Report of the Bombay Plague Committee
Disease focus: Plague
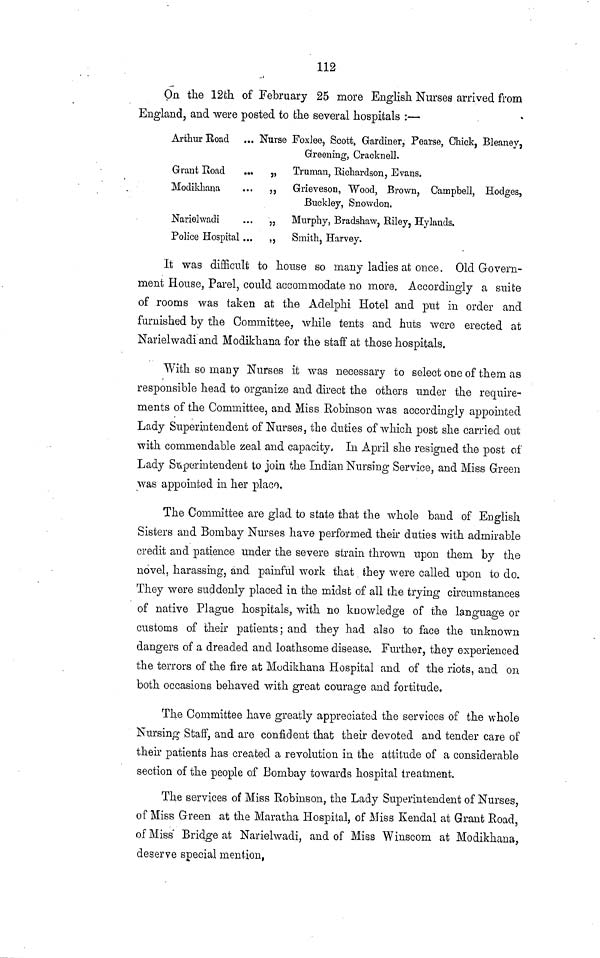
112
On the 12th of February 25 more English Nurses arrived from
England, and were posted to the several hospitals :—
Arthur Road
Grant Road
Modikhana
Narielwadi
Police Hospital
... Nurse Foxlee, Scott, Gardiner, Pearse, Chick, Bleaney,
Greening, Cracknell.
„
Truman, Richardson, Evans.
„
Grieveson, Wood, Brown, Campbell, Hodges,
Buckley, Snowdon.
„ Murphy, Bradshaw, Riley, Hylands.
„
Smith, Harvey.
It was difficult to house so many ladies at once. Old Govern-
ment House, Parel, could accommodate no more. Accordingly a suite
of rooms was taken at the Adelphi Hotel and put in order and
furnished by the Committee, while tents and huts were erected at
Narielwadi and Modikhana for the staff at those hospitals.
With so many Nurses it was necessary to select one of them as
responsible head to organize and direct the others under the require-
ments of the Committee, and Miss Robinson was accordingly appointed
Lady Superintendent of Nurses, the duties of which post she carried out
with commendable zeal and capacity, In April she resigned the post of
Lady Superintendent to join the Indian Nursing Service, and Miss Green
was appointed in her place.
The Committee are glad to state that the whole baud of English
Sisters and Bombay Nurses have performed their duties with admirable
credit and patience under the severe strain thrown upon them by the
novel, harassing, and painful work that they were called upon to do.
They were suddenly placed in the midst of all the trying circumstances
of native Plague hospitals, with no knowledge of the language or
customs of their patients; and they had also to face the unknown
dangers of a dreaded and loathsome disease. Further, they experienced
the terrors of the fire at Modikhana Hospital and of the riots, and on
both occasions behaved with great courage and fortitude.
The Committee have greatly appreciated the services of the whole
Nursing Staff, and are confident that their devoted and tender care of
their patients has created a revolution in the attitude of a considerable
section of the people of Bombay towards hospital treatment.
The services of Miss Robinson, the Lady Superintendent of Nurses,
of Miss Green at the Maratha Hospital, of Miss Kendal at Grant Road,
of Miss Bridge at Narielwadi, and of Miss Winscom at Modikhana,
deserve special mention,